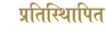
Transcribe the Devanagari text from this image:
प्रतिस्थिापित